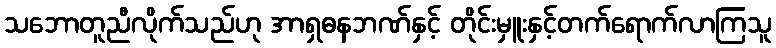
သဘောတူညီလိုက်သည်ဟု အာရှဓနဘဏ်နှင့် တိုင်းမှူးနှင့်တက်ရောက်လာကြသူ